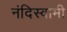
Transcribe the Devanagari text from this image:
नंदिस्वामी